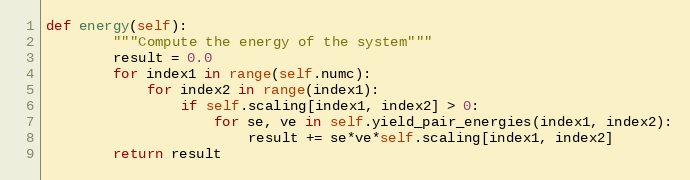
Language: Python
def energy(self):
        """Compute the energy of the system"""
        result = 0.0
        for index1 in range(self.numc):
            for index2 in range(index1):
                if self.scaling[index1, index2] > 0:
                    for se, ve in self.yield_pair_energies(index1, index2):
                        result += se*ve*self.scaling[index1, index2]
        return result